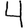
Digit: 4